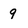
Character: 9